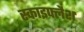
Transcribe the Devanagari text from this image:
स्काइफ्लैश